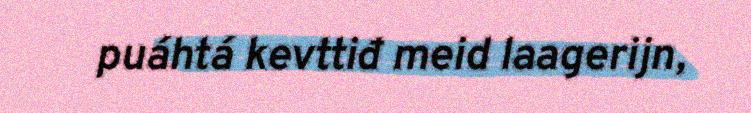
puáhtá kevttiđ meid laagerijn,